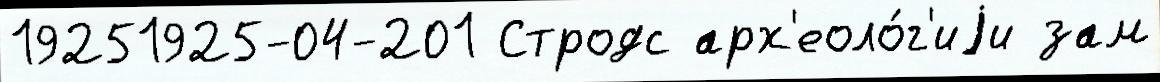
19251925-04-201 Стродс арх'еоло́г'иjи зам